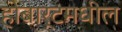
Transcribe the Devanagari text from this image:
होबार्टमधील